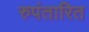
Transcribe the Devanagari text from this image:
रुपंतारित